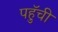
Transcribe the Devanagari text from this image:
पहुॅची